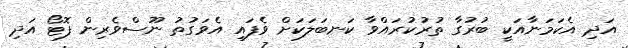
އަދި އެކަމަނާއަކީ ބުރުގާ ތުރުކުރައްވާ ކަނބަލަކަށް ވެފައި އެވަގުތު ނޫސްވެރިން ފޮޓޯ އަދި